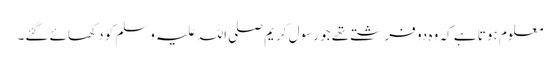
معلوم ہوتا ہے کہ وہ دو فرشتے تھے جو رسول کریم صلی اللہ علیہ وسلم کو دکھائے گئے۔